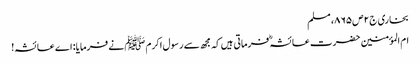
بخاری ج۲ص۸۶۵، مسلم
ام المؤمنین حضرت عائشہؓ فرماتی ہیں کہ مجھ سے رسول اکرم ﷺ نے فرمایا: اے عائشہ!